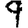
Digit: 9